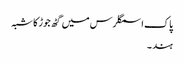
پاک اسمگلرس میں گٹھ جوڑ کا شبہ
ہند ۔